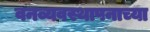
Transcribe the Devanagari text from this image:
वनव्यवस्थापनाच्या